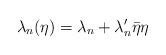
LaTeX: \begin{align*}\lambda_{n}(\eta)=\lambda_{n}+\lambda_{n}'\bar{\eta}\eta\end{align*}